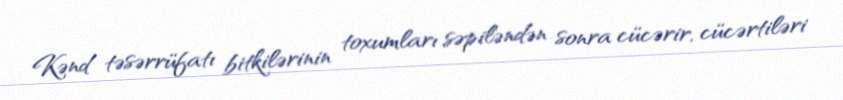
Kənd təsərrüfatı bitkilərinin toxumları səpiləndən sonra cücərir, cücərtiləri